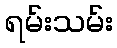
ရမ်းသမ်း